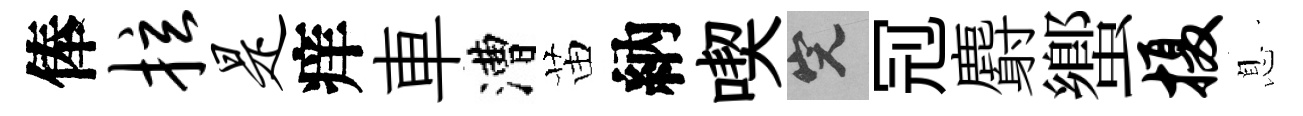
俸拉是痒車漕苗納喫完𠜍麝蠁摄息